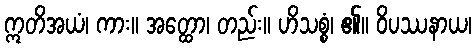
ဣတိအယံ၊ ကား။ အတ္ထော၊ တည်း။ ဟိသစ္စံ၊ ၏။ ဝိပဿနာယ၊